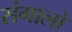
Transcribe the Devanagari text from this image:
संगालो